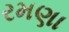
રમણા